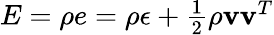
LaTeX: \begin{array}{r}{E=\rho e=\rho\epsilon+\frac{1}{2}\rho\mathbf{v}\mathbf{v}^{T}}\end{array}